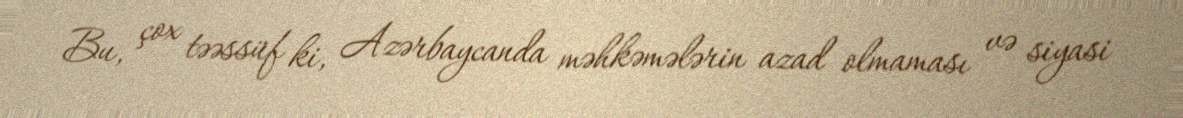
Bu, çox təəssüf ki, Azərbaycanda məhkəmələrin azad olmaması və siyasi